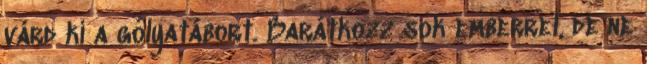
várd ki a gólyatábort. Barátkozz sok emberrel, de ne